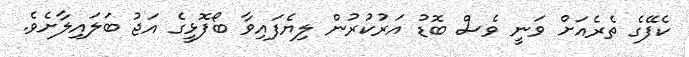
ކެފޭގެ ތެރެއަށް ވަނީ ވެސް ބޮޑު އަރުކުރުން ލިޔެފައިވާ ބޯފޮޅީގެ އަޖު ބަލައިލާށެވެ.